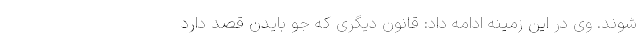
شوند. وی در این زمینه ادامه داد: قانون دیگری که جو بایدن قصد دارد